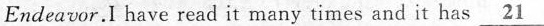
Endeavor. I have read it many times and it has \underline{21}